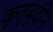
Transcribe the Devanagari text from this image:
कुतुबुदीन